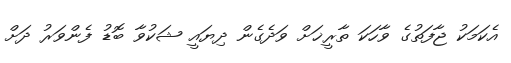
އެކަމަކު ޖާފަތުގެ ވާހަކަ ތާރީޚަށް ވަދެގެން ދިޔައީ ޝަކުވާ ބޮޑު ފެންވަރު ދަށް